Problem: 2 × 5 = ?
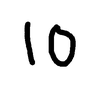
Handwritten answer: 10